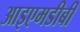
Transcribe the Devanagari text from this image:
आइएमडीबी